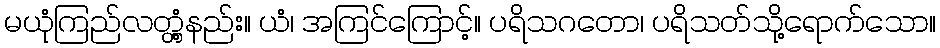
မယုံကြည်လတ္တံ့နည်း။ ယံ၊ အကြင်ကြောင့်။ ပရိသဂတော၊ ပရိသတ်သို့ရောက်သော။